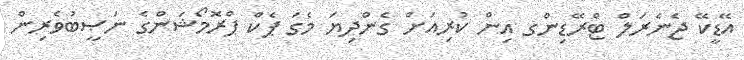
އޭޑީކޭ ޖެނެރަލް ޓްރޭޑިންގ އިން ކުރިއަށް ގެންދިޔަ މެގަ ޕެކް ޕްރޮމޯޝަންގެ ނަޞީބުވެރިން